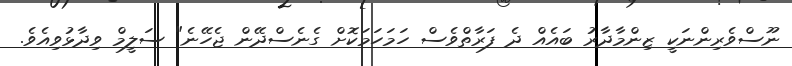
ނޫސްވެރިންނަކީ ޒިންމާދާރު ބައެއް ދެ ފަރާތްވެސް ހަމަހަމަކޮށް ގެނެސްދޭން ޖެހޭނެ" ސަލީމް ވިދާޅުވިއެވެ.